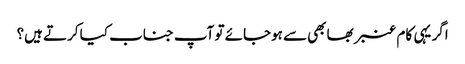
اگر یہی کام عنبر بھابھی سے ہوجائے تو آپ جناب کیا کرتے ہیں؟